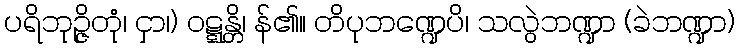
ပရိဘုဉ္ဇိတုံ၊ ငှာ၊) ဝဋ္ဋန္တိ၊ န်၏။ တိပုဘဏ္ဍေပိ၊ သလွဲဘဏ္ဍာ (ခဲဘဏ္ဍာ)